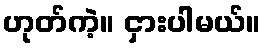
ဟုတ်ကဲ့။ ငှားပါမယ်။